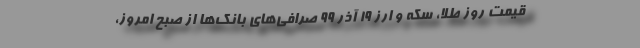
قیمت روز طلا، سکه و ارز ۱۹ آذر ۹۹ صرافی‌های بانک‌ها از صبح امروز،